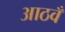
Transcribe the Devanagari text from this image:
आठवँ